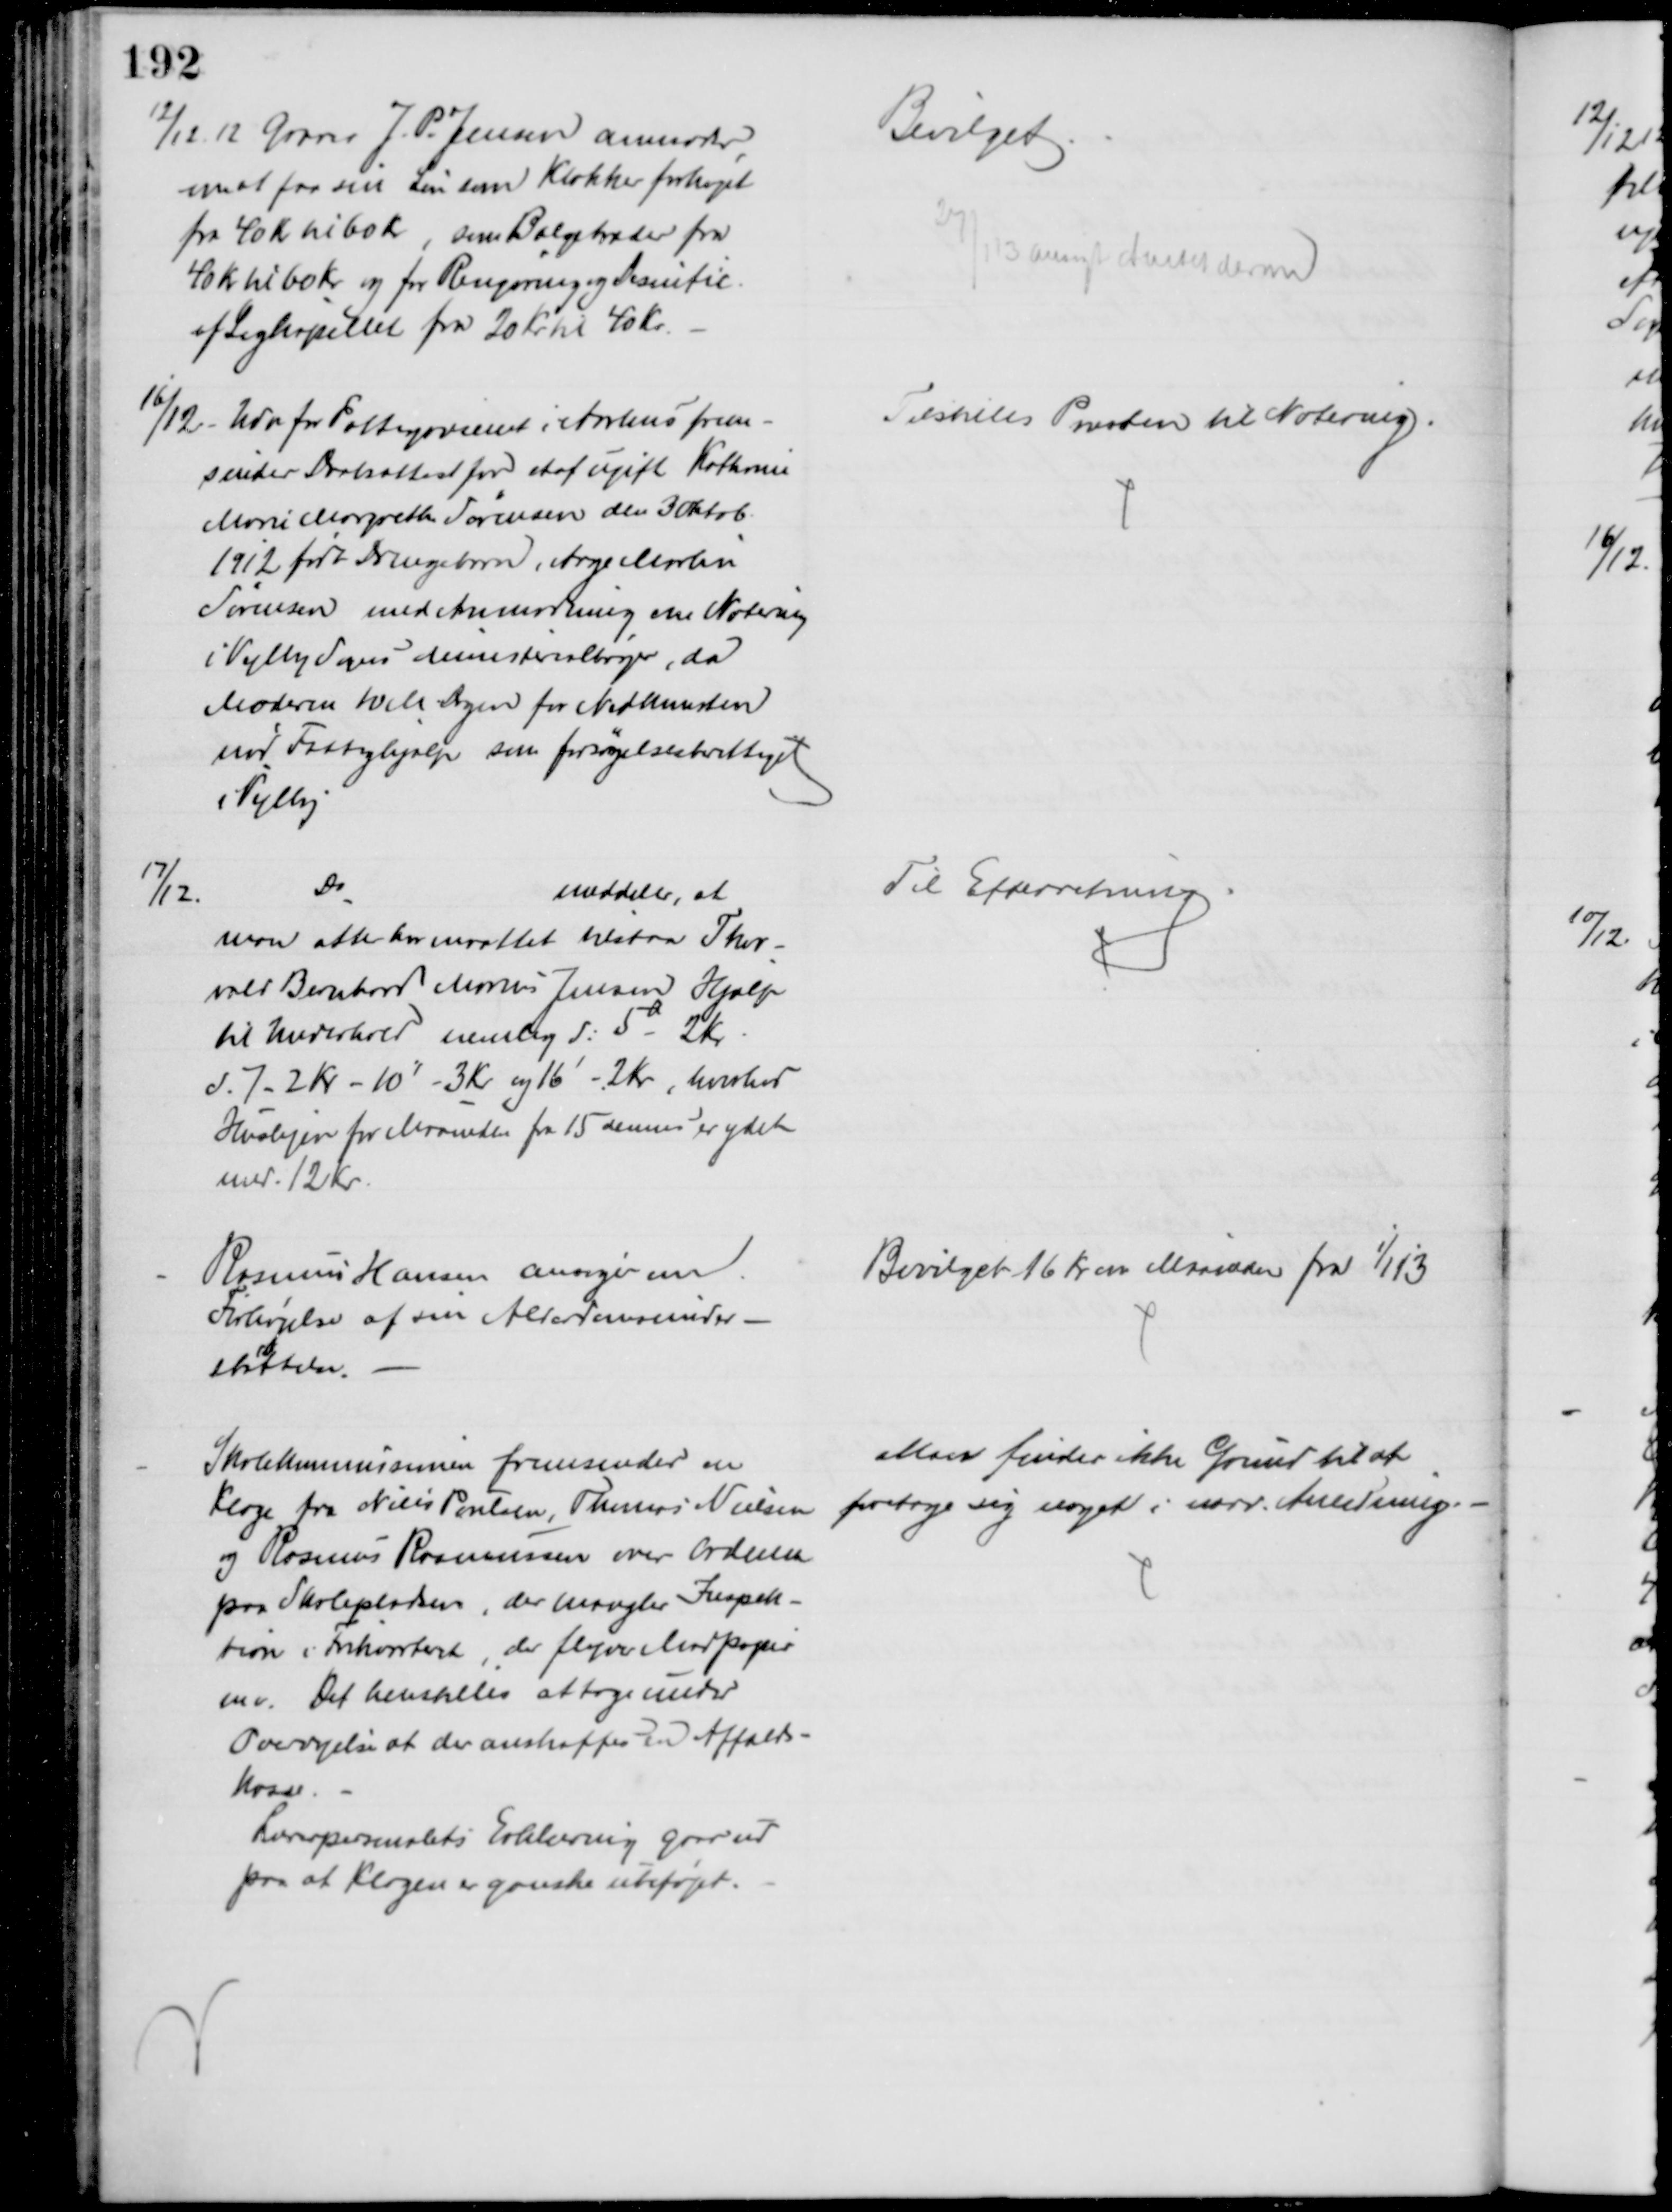
Transskription:
12/12 12 Graver J. P. Jensen anmoder,
om at faa sin Løn som Klokker forhøjet
fra 40 Kr til 60 Kr, som Bælgetræder fra
40 Kr til 60 Kr og for Rengøring og Desinfic.
af Ligkapellet fra 20 Kr til 40 Kr.
Bevilget.
27/1 13 ansøgt Amtet derom
16/12
Udv for Fattigvæsnet i Aarhus frem-
sender Daabsattest for et af ugift Kathrine
Marie Margrethe Sørensen den 3 Oktob.
1912 født Drengebarn, Aage Martin
Sørensen med Anmodning om Notering
i Vejlby Sogns Ministerialbøger, da
Moderen 10 M Dagen for Nedkomsten
nød Fattighjælp som forsørgelsesberettiget
i Vejlby
Tilstilles Præsten til Notering.
7/12.
Do
meddeler, at
man atter har maattet tilstaa Thor-
vald Bernhard Marius Jensen Hjælp
til Underhold nemlig d: 5a - 2 Kr
d. 7 - 2 Kr - 10' - 3 Kr og 16' - 2 Kr, hvorhos
Huslejen for Maaneden fra 15 dennes er ydet
med. 12 Kr.
Til Efterretning.
Rasmus Hansen ansøger om
Forhøjelse af sin Alderdomsunder-
støttelse.
Bevilget 16 Kr om Maaneden fra 1/1 13
Skolekommissionen fremsender en
Klage fra Niels Poulsen, Thomas Nielsen
og Rasmus Rasmussen over Ordenen
paa Skolepladsen der mangler Inspek-
tion i Frikvarteret, der flyver Madpapir
mv. Det henstilles at tage under
Overvejelse at der anskaffes en Affalds-
kasse.
Lærerpersonalets Erklæring gaar ud
paa at Klagen er ganske ubeføjet.
Man finder ikke Grund til at 
foretage sig noget i nærv. Anledning